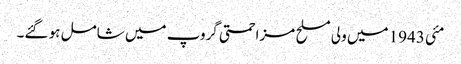
مئی 1943 میں ولی مسلح مزاحمتی گروپ میں شامل ہو گئے۔